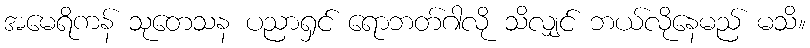
အမေရိကန် သုတေသန ပညာရှင် ရောဘတ်ဂါလို သိလျှင် ဘယ်လိုနေမည် မသိ။